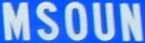
MSOUN